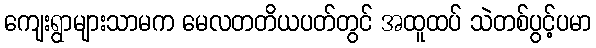
ကျေးရွာများသာမက မေလတတိယပတ်တွင် အထူထပ် သဲတစ်ပွင့်ပမာ